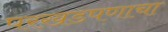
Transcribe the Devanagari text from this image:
परखडपणाचा